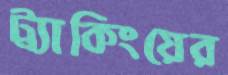
ট্র্যাকিংয়ের